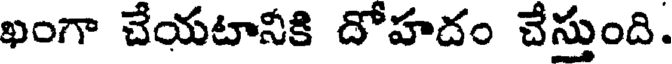
ఖంగా చేయటానీకి దోహదం చేస్తుంది.